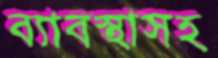
ব্যাবস্থাসহ